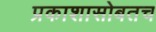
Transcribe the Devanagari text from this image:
प्रकाशासोबतच